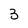
Character: 3